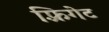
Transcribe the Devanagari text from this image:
फ़्रिगेट